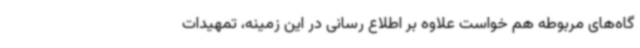
گاه‌های مربوطه هم خواست علاوه بر اطلاع رسانی در این زمینه، تمهیدات